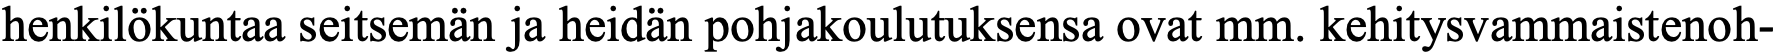
henkilökuntaa seitsemän ja heidän pohjakoulutuksensa ovat mm. kehitysvammaistenoh-